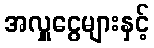
အလှူငွေများနှင့်